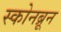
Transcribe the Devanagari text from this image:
स्कोनब्रून